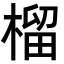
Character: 榴